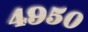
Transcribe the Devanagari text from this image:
४९५०